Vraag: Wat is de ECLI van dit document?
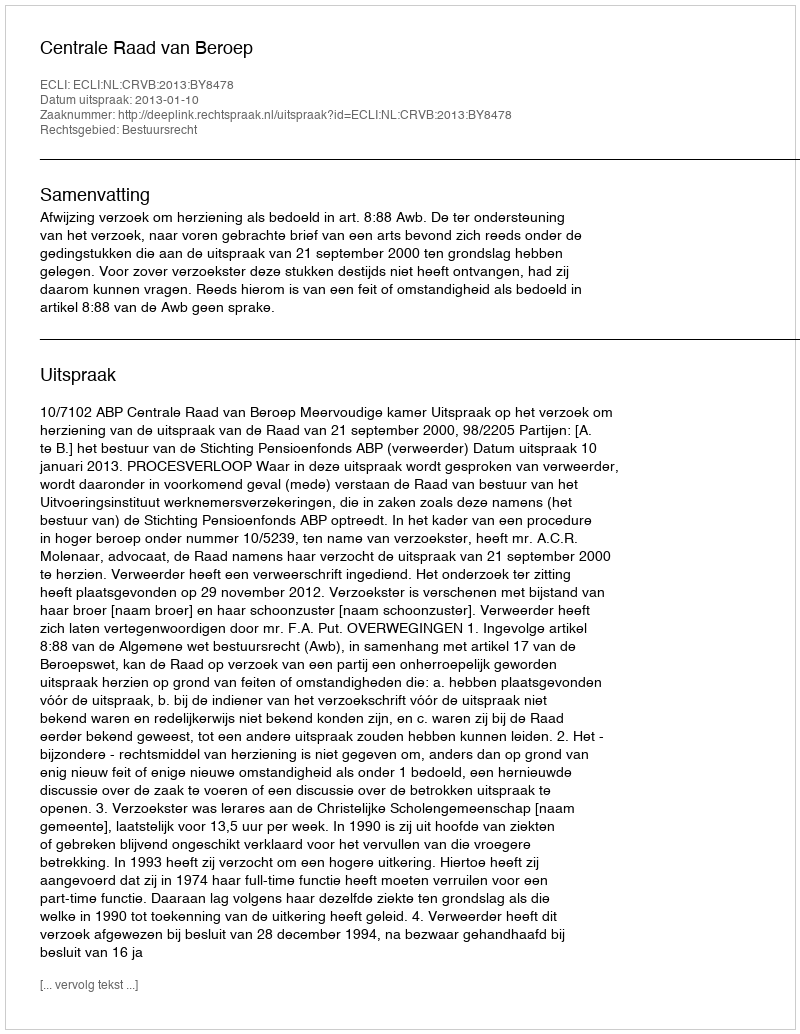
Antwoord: ECLI:NL:CRVB:2013:BY8478